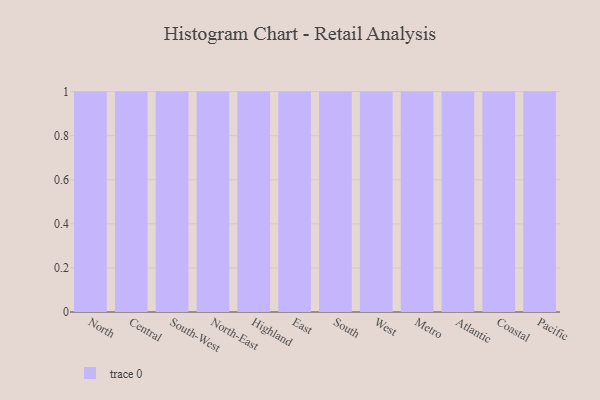
{"axis": {"x": "Region", "y": "Net Income (USD K)"}, "legend": [""], "data": [{"x": "North", "y": 73, "type": ""}, {"x": "Central", "y": 58, "type": ""}, {"x": "South-West", "y": 48, "type": ""}, {"x": "North-East", "y": 51, "type": ""}, {"x": "Highland", "y": 4, "type": ""}, {"x": "East", "y": 7, "type": ""}, {"x": "South", "y": 61, "type": ""}, {"x": "West", "y": 99, "type": ""}, {"x": "Metro", "y": 77, "type": ""}, {"x": "Atlantic", "y": 73, "type": ""}, {"x": "Coastal", "y": 90, "type": ""}, {"x": "Pacific", "y": 18, "type": ""}]}